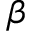
\beta